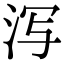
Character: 泻